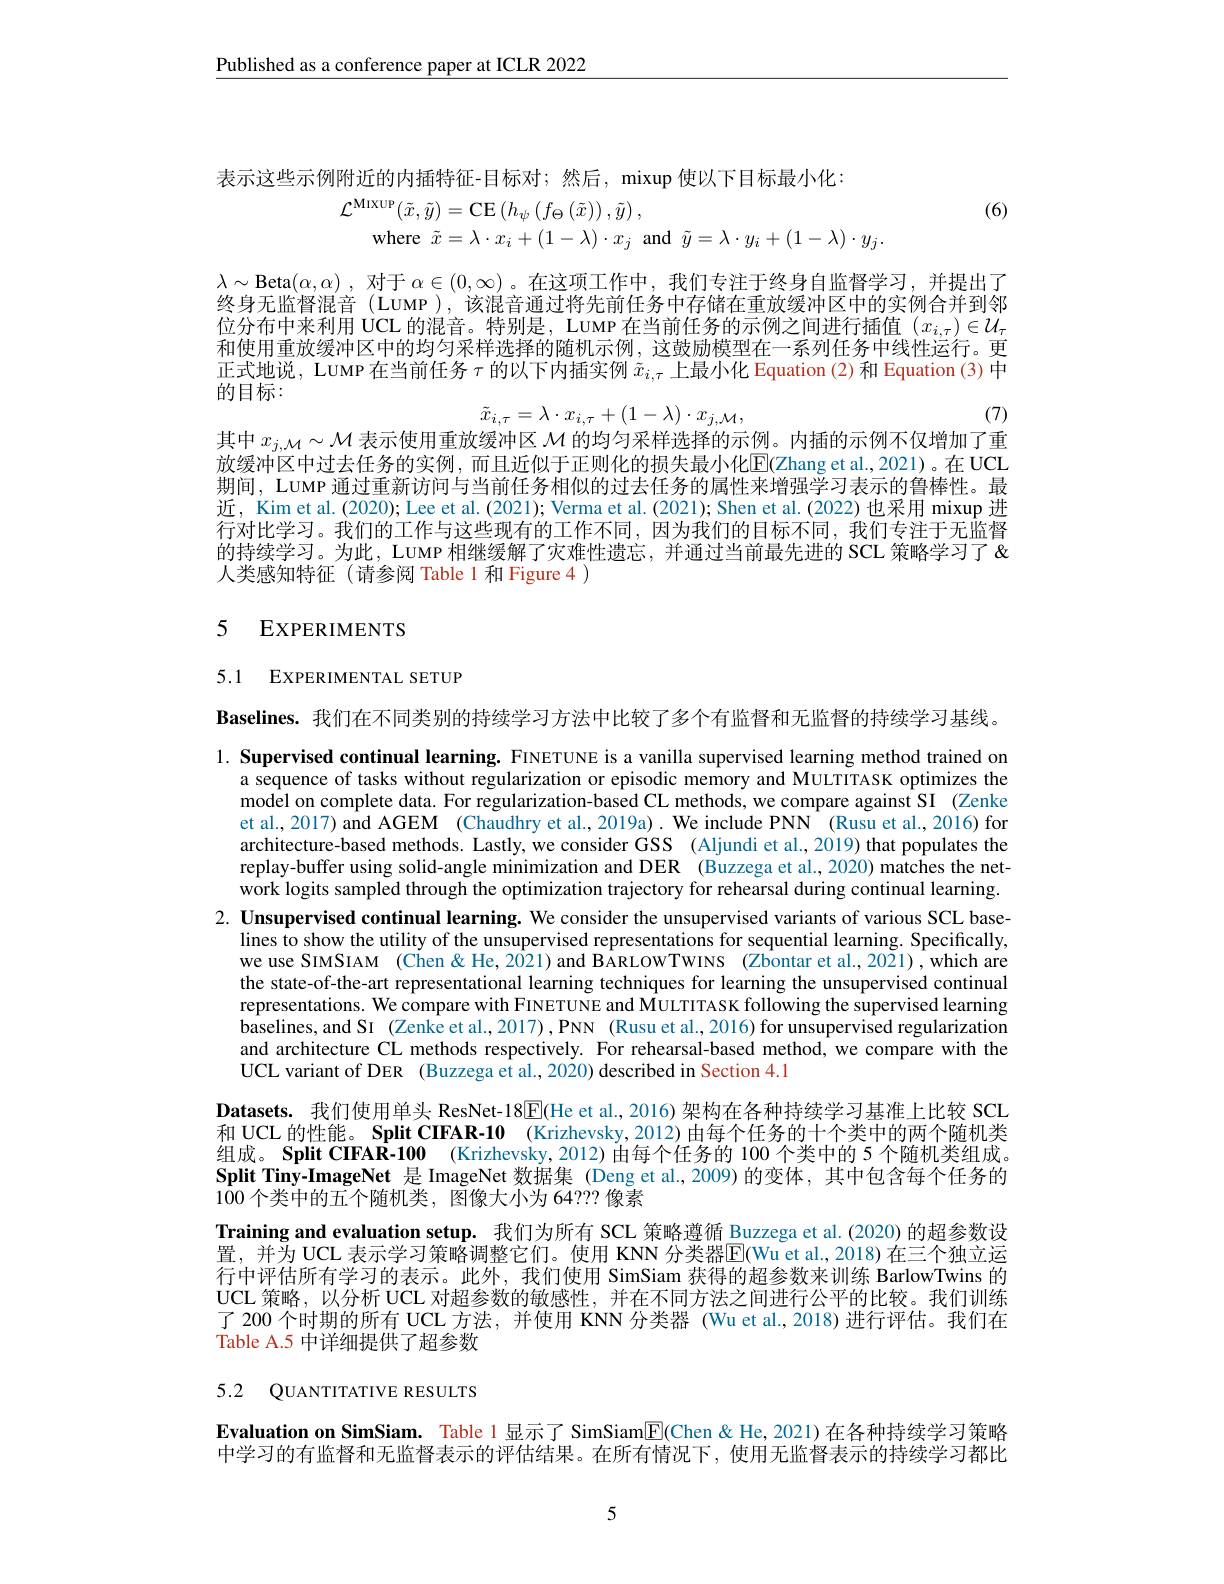
$\underline{\text{Published as a conference paper at ICLR 2022}}$

表示这些示例附近的内插特征-目标对；然后，mixup 使以下目标最小化：
$$\begin{aligned}\mathcal{L}^{\mathrm{MIXUP}}(\tilde{x},\tilde{y})&=\mathrm{CE}\left(h_{\psi}\left(f_{\Theta}\left(\tilde{x}\right)\right),\tilde{y}\right),\\\mathrm{where}\:\tilde{x}&=\lambda\cdot x_{i}+(1-\lambda)\cdot x_{j}\:\mathrm{and}\:\tilde{y}=\lambda\cdot y_{i}+(1-\lambda)\cdot y_{j}.\end{aligned}$$
(6)

$\lambda\sim$Beta$(\alpha,\alpha)$ ,对于$\alpha\in(0,\infty)$ 。在这项工作中，我们专注于终身自监督学习，并提出了终身无监督混音 (LUMP ),该混音通过将先前任务中存储在重放缓冲区中的实例合并到邻位分布中来利用 UCL 的混音。特别是，LUMP 在当前任务的示例之间进行插值$(x_{i,\tau})\in\mathcal{U}_\tau$ 和使用重放缓冲区中的均匀采样选择的随机示例，这鼓励模型在一系列任务中线性运行。更正式地说，LUMP 在当前任务$\tau$的以下内插实例$\tilde{x}_{i,\tau}$上最小化 Equation(2)和 Equation(3)中的目标：
$$\tilde{x}_{i,\tau}=\lambda\cdot x_{i,\tau}+(1-\lambda)\cdot x_{j,\mathcal{M}},$$
其中$x_{j,\mathcal{M}}\sim\mathcal{M}$表示使用重放缓冲区$\mathcal{M}$的均匀采样选择的示例。内插的示例不仅增加了重

(7)

放缓冲区中过去任务的实例，而且近似于正则化的损失最小化$\overline{\mathrm{E}}($Zhang et al.,2021)。在 UCL 期间，LUMP 通过重新访问与当前任务相似的过去任务的属性来增强学习表示的鲁棒性。最近，Kim et al. (2020); Lee et al. (2021); Verma et al. (2021); Shen et al. (2022) 也采用 mixup 进行对比学习。我们的工作与这些现有的工作不同，因为我们的目标不同，我们专注于无监督的持续学习。为此，LUMP 相继缓解了灾难性遗忘，并通过当前最先进的 SCL 策略学习了 & 人类感知特征(请参阅 Table 1 和 Figure 4 )

# 5 EXPERIMENTS

5.1 EXPERIMENTAL SETUP

Baselines. 我们在不同类别的持续学习方法中比较了多个有监督和无监督的持续学习基线。

1. Supervised continual learning. FINETUNE is a vanilla supervised learning method trained on
a sequence of tasks without regularization or episodic memory and MULTITASK optimizes the model on complete data. For regularization-based CL methods, we compare against SI (Zenke et al., 2017) and AGEM (Chaudhry et al., 2019a). We include PNN (Rusu et al., 2016) for architecture-based methods. Lastly, we consider GSS (Aljundi et al., 2019) that populates the replay-buffer using solid-angle minimization and DER (Buzzega et al.,2020) matches the network logits sampled through the optimization trajectory for rehearsal during continual learning.
2. Unsupervised continual learning. We consider the unsupervised variants of various SCL base-
lines to show the utility of the unsupervised representations for sequential learning. Specifically, we use SIMSIAM (Chen&He,2021)and BARLOWTWINS (Zbontar et al.,2021),which are the state-of-the-art representational learning techniques for learning the unsupervised continual representations. We compare with FINETUNE and MULTITASK following the supervised learning baselines,and SI (Zenke et al., 2017),PNN (Rusu et al., 2016)for unsupervised regularization and architecture CL methods respectively. For rehearsal-based method, we compare with the UCL variant of DER (Buzzega et al.,2020) described in Section 4.1
Datasets. 我们使用单头 ResNet-18$\mathbb{E}$(He et al.,2016)架构在各种持续学习基准上比较 SCL 和 UCL 的性能。Split CIFAR-10 (Krizhevsky,2012) 由每个任务的十个类中的两个随机类组成。Split CIFAR-100 (Krizhevsky,2012) 由每个任务的 100 个类中的 5 个随机类组成。Split Tiny-ImageNet 是 ImageNet 数据集 (Deng et al.,2009)的变体，其中包含每个任务的100 个类中的五个随机类，图像大小为 64??? 像素
Training and evaluation setup. 我们为所有 SCL 策略遵循 Buzzega et al. (2020) 的超参数设置，并为 UCL 表示学习策略调整它们。使用 KNN 分类器$\overline{\mathrm{E}}($Wu et al., 2018) 在三个独立运行中评估所有学习的表示。此外，我们使用 SimSiam 获得的超参数来训练 BarlowTwins 的UCL 策略，以分析 UCL 对超参数的敏感性，并在不同方法之间进行公平的比较。我们训练了 200 个时期的所有 UCL 方法，并使用 KNN 分类器 (Wu et al.,2018) 进行评估。我们在Table A.5 中详细提供了超参数

5.2 QUANTITATIVE RESULTS

Evaluation on SimSiam. Table 1 显示了 SimSiam$\boxed{\mathrm{F}}$(Chen & He, 2021)在各种持续学习策略中学习的有监督和无监督表示的评估结果。在所有情况下，使用无监督表示的持续学习都比

5